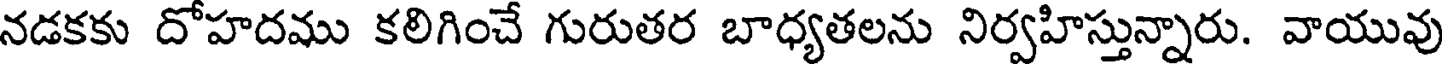
నడకకు దోహదము కలిగించే గురుతర బాధ్యతలను నిర్వహిస్తున్నారు. వాయువు